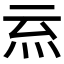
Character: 𭴉